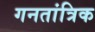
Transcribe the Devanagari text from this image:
गनतांत्रिक